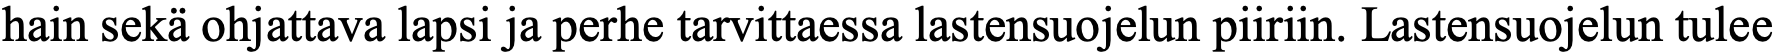
hain sekä ohjattava lapsi ja perhe tarvittaessa lastensuojelun piiriin. Lastensuojelun tulee